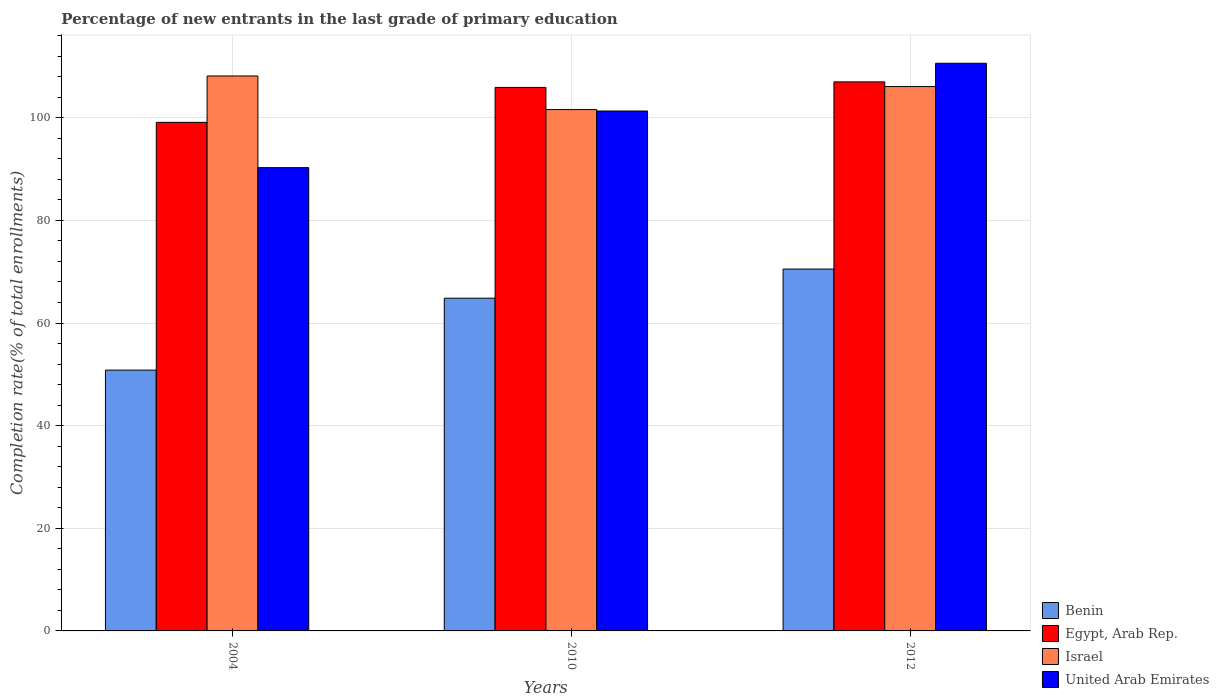
| Years | Benin | Egypt, Arab Rep. | Israel | United Arab Emirates |
 | --- | --- | --- | --- | --- |
 | 2004 | 50.8 | 99.1 | 108 | 90.3 |
 | 2010 | 64.8 | 106 | 102 | 101 |
 | 2012 | 70.5 | 107 | 106 | 111 |